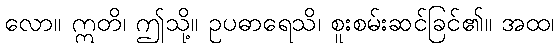
လော။ ဣတိ၊ ဤသို့။ ဥပဓာရေသိ၊ စူးစမ်းဆင်ခြင်၏။ အထ၊